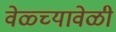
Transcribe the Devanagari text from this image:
वेळ्च्यावेळी